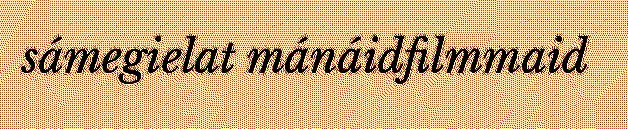
sámegielat mánáidfilmmaid